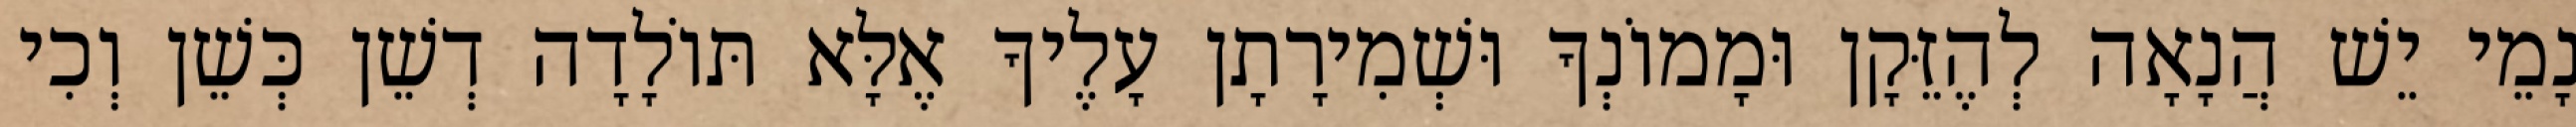
נָמֵי יֵשׁ הֲנָאָה לְהֶזֵּקָן וּמָמוֹנְךָ וּשְׁמִירָתָן עָלֶיךָ אֶלָּא תּוֹלָדָה דְשֵׁן כְּשֵׁן וְכִי